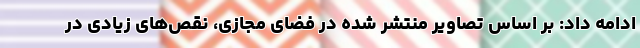
ادامه داد: بر اساس تصاویر منتشر شده در فضای مجازی، نقص‌های زیادی در